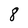
Character: 8